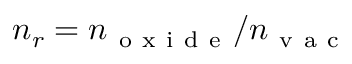
n _ { r } = n _ { \mathrm { ~ o ~ x ~ i ~ d ~ e ~ } } / n _ { \mathrm { ~ v ~ a ~ c ~ } }